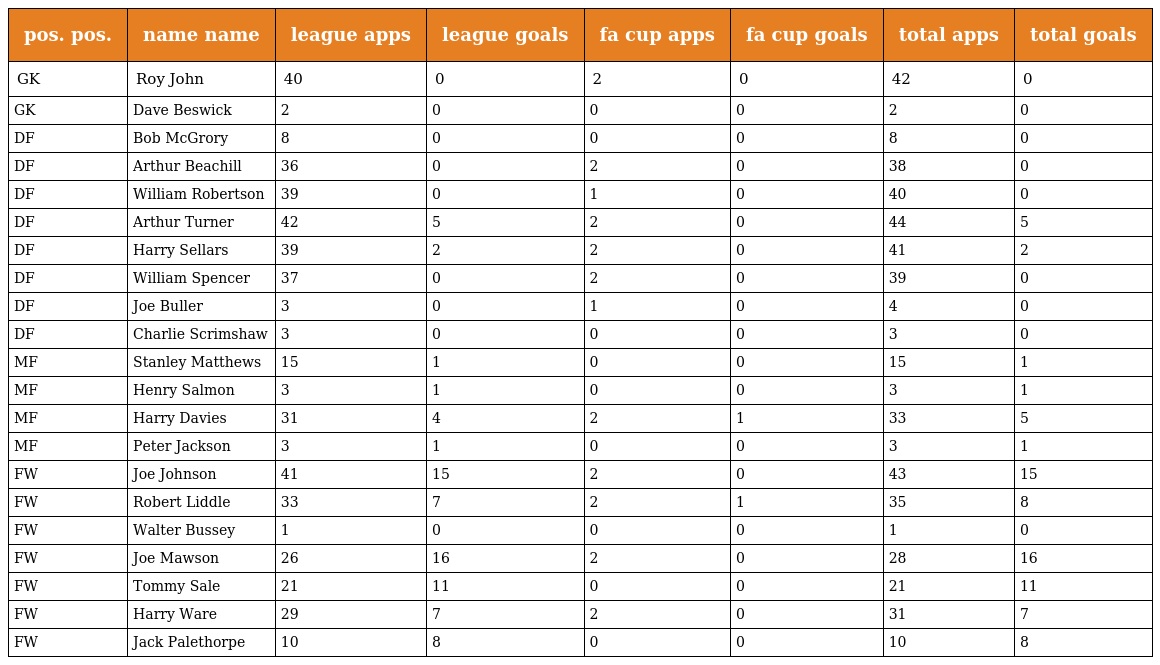
| pos. pos. | name name | league apps | league goals | fa cup apps | fa cup goals | total apps | total goals |
 | --- | --- | --- | --- | --- | --- | --- | --- |
 | GK | Roy John | 40 | 0 | 2 | 0 | 42 | 0 |
 | GK | Dave Beswick | 2 | 0 | 0 | 0 | 2 | 0 |
 | DF | Bob McGrory | 8 | 0 | 0 | 0 | 8 | 0 |
 | DF | Arthur Beachill | 36 | 0 | 2 | 0 | 38 | 0 |
 | DF | William Robertson | 39 | 0 | 1 | 0 | 40 | 0 |
 | DF | Arthur Turner | 42 | 5 | 2 | 0 | 44 | 5 |
 | DF | Harry Sellars | 39 | 2 | 2 | 0 | 41 | 2 |
 | DF | William Spencer | 37 | 0 | 2 | 0 | 39 | 0 |
 | DF | Joe Buller | 3 | 0 | 1 | 0 | 4 | 0 |
 | DF | Charlie Scrimshaw | 3 | 0 | 0 | 0 | 3 | 0 |
 | MF | Stanley Matthews | 15 | 1 | 0 | 0 | 15 | 1 |
 | MF | Henry Salmon | 3 | 1 | 0 | 0 | 3 | 1 |
 | MF | Harry Davies | 31 | 4 | 2 | 1 | 33 | 5 |
 | MF | Peter Jackson | 3 | 1 | 0 | 0 | 3 | 1 |
 | FW | Joe Johnson | 41 | 15 | 2 | 0 | 43 | 15 |
 | FW | Robert Liddle | 33 | 7 | 2 | 1 | 35 | 8 |
 | FW | Walter Bussey | 1 | 0 | 0 | 0 | 1 | 0 |
 | FW | Joe Mawson | 26 | 16 | 2 | 0 | 28 | 16 |
 | FW | Tommy Sale | 21 | 11 | 0 | 0 | 21 | 11 |
 | FW | Harry Ware | 29 | 7 | 2 | 0 | 31 | 7 |
 | FW | Jack Palethorpe | 10 | 8 | 0 | 0 | 10 | 8 |